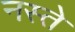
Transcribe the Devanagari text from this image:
नस्ते